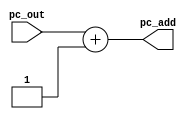
`timescale 1ns / 1ps
//////////////////////////////////////////////////////////////////////////////////
// Company: 
// Engineer: 
// 
// Design Name: 
// Module Name: pc_adder
// Project Name: 
// Target Devices: 
// Tool Versions: 
// Description: 
// 
// Dependencies: 
// 
// Revision:
// Revision 0.01 - File Created
// Additional Comments:
// 
//////////////////////////////////////////////////////////////////////////////////


module pc_adder(
    pc_out, pc_add
    );
    
    input [15:0] pc_out;
    output [15:0] pc_add;
    
    assign pc_add = pc_out + 16'd1;
endmodule